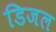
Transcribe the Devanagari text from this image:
डिजल